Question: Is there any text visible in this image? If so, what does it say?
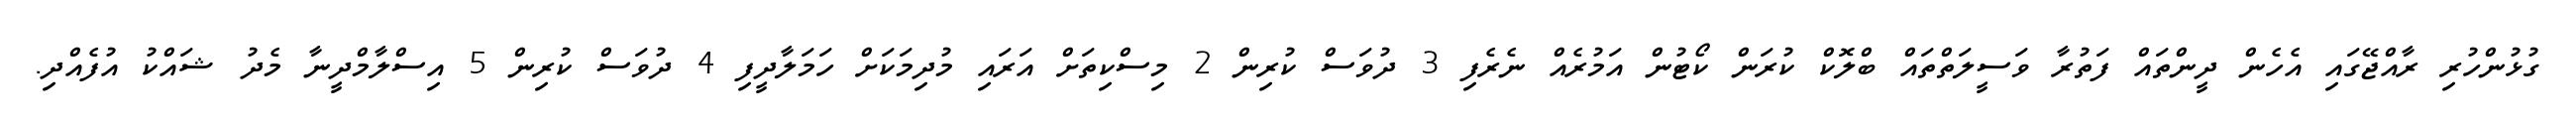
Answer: ގުޅުންހުރި ރާއްޖޭގައި އެހެން ދީންތައް ފަތުރާ ވަސީލަތްތައް ބްލޮކް ކުރަން ކޯޓުން އަމުރެއް ނެރެފި 3 ދުވަސް ކުރިން 2 މިސްކިތަށް އަރައި މުދިމަކަށް ހަމަލާދީފި 4 ދުވަސް ކުރިން 5 އިސްލާމްދީނާ މެދު ޝައްކު އުފެއްދި.